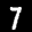
Label: 7